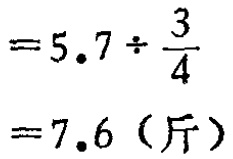
\[

\begin{align*}

&=5.7\div\frac{3}{4}\\

&=7.6 \text{（斤）}

\end{align*}

\]